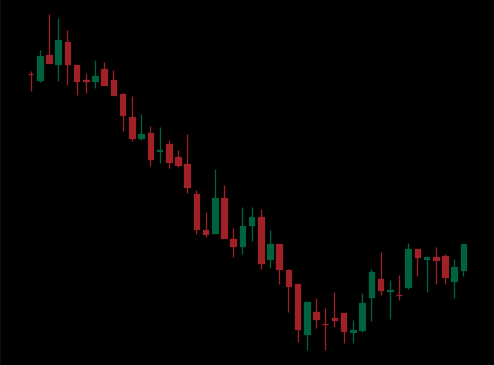
Pattern: bull_flag